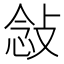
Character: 𫾿